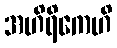
အဟိရိကေဟိ